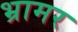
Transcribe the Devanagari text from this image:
भ्रामर